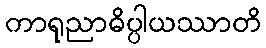
ကာရုညာဓိပ္ပါယဿာတိ